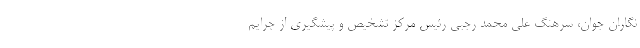
نگاران جوان، سرهنگ علی محمد رجبی رئیس مرکز تشخیص و پیشگیری از جرایم